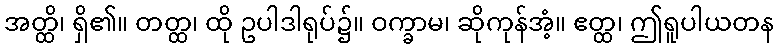
အတ္ထိ၊ ရှိ၏။ တတ္ထ၊ ထို ဥပါဒါရုပ်၌။ ဝက္ခာမ၊ ဆိုကုန်အံ့။ ဧတ္ထ၊ ဤရူပါယတန